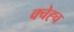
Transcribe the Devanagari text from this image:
क्चेह्च